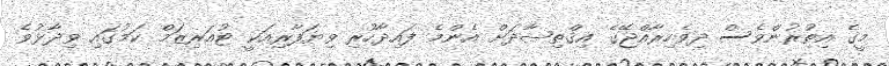
މީގެ އިތުރުންވެސް ދިވެހިރާއްޖޭގެ އިޤްތިޞާދަށް އެންމެ ފައިދާހުރި ވިޔަފާރިއަކީ ޓުއަރިޒަމް ކަމުގައި ވިދާޅުވެ